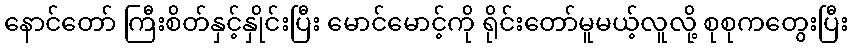
နောင်တော် ကြီးစိတ်နှင့်နှိုင်းပြီး မောင်မောင့်ကို ရိုင်းတော်မူမယ့်လူလို့ စုစုကတွေးပြီး